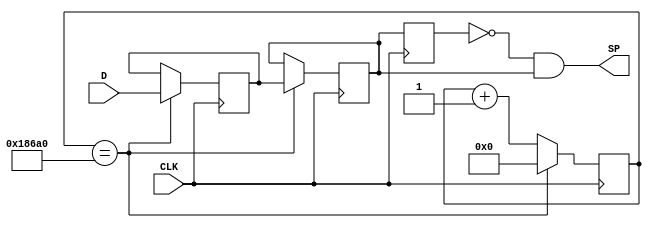
module Debounce_Single_Pulser (D, SP, CLK);
input CLK, D;
output SP;

reg Q1, Q2, Q3;
reg [16:0] count2ms;

// doesn't actually debounce...

assign SP = ~Q3 && Q2;

always @(posedge CLK)
  begin	 
	 if (count2ms == 100000)
		begin
			count2ms <= 0;
			Q1 <= D;
			Q2 <= Q1;
			Q3 <= Q2;
		end
	 else
		begin
			count2ms <= count2ms+1; 
			Q3 <= Q2;
		end
  end

endmodule